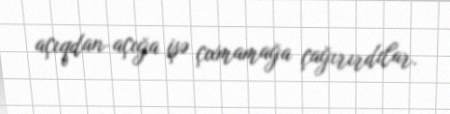
açıqdan-açığa işə çıxmamağa çağırırdılar.